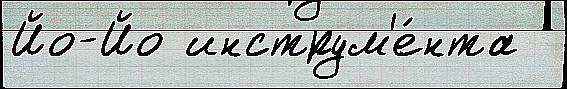
Йо-Йо инструм'е́нта